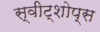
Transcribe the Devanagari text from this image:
स्वीट्शोप्स